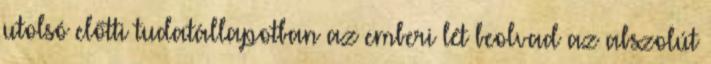
utolsó előtti tudatállapotban az emberi lét beolvad az abszolút